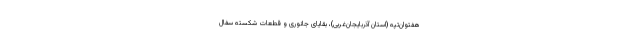
هفتوان‌تپه (استان آذربایجان‌غربی)، بقایای جانوری و قطعات شکسته سفال